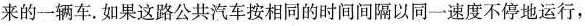
来的一辆车。如果这路公共汽车按相同的时间间隔以同一速度不停地运行，